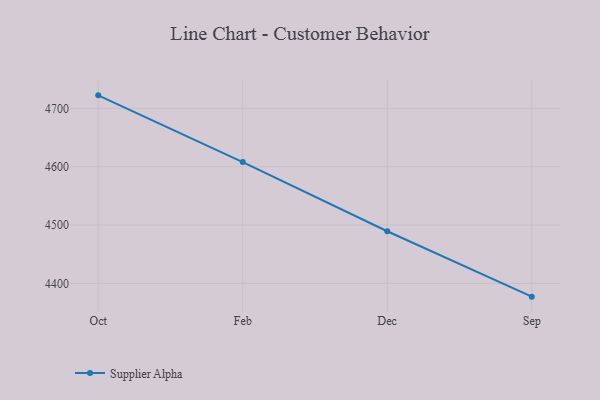
{"axis": {"x": "Month", "y": "Temperature (°C)"}, "legend": ["Supplier Alpha"], "data": [{"x": "Oct", "y": 4722.4, "type": "Supplier Alpha"}, {"x": "Feb", "y": 4608.1, "type": "Supplier Alpha"}, {"x": "Dec", "y": 4489.5, "type": "Supplier Alpha"}, {"x": "Sep", "y": 4377.4, "type": "Supplier Alpha"}]}